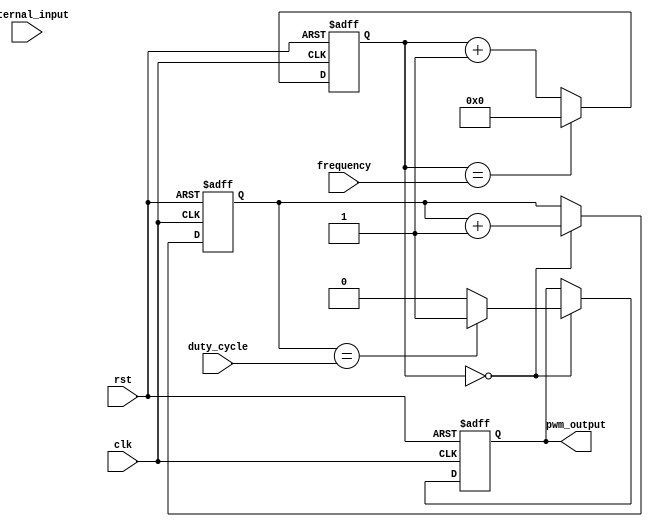
module PWM_Pulse_Generator (
    input wire clk,
    input wire rst,
    input wire [7:0] duty_cycle,
    input wire [15:0] frequency,
    input wire external_input,
    output reg pwm_output
);

reg [15:0] count;
reg sync_input;
reg [7:0] duty_count;

always @ (posedge clk or posedge rst) begin
    if (rst) begin
        count <= 16'd0;
        sync_input <= 1'b0;
        duty_count <= 8'd0;
        pwm_output <= 1'b0;
    end else begin
        count <= count + 1;
        if (count == frequency) begin
            count <= 16'd0;
            sync_input <= external_input;
        end
        if (count == 15'd0) begin
            duty_count <= duty_count + 1;
            if (duty_count == duty_cycle) begin
                pwm_output <= 1'b1;
            end else begin
                pwm_output <= 1'b0;
            end
        end
    end
end

endmodule